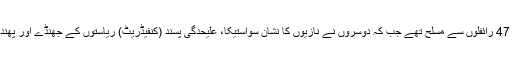
اُن میں بہت اے کے 47 رائفلوں سے مسلح تھے جب کہ دوسروں نے نازیوں کا نشان سواستیکا، علیحدگی پسند (کنفیڈریٹ) ریاستوں کے جھنڈے اور پھندے اٹھا رکھے تھے۔